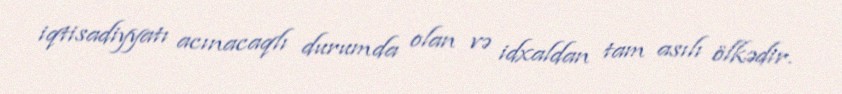
iqtisadiyyatı acınacaqlı durumda olan və idxaldan tam asılı ölkədir.